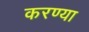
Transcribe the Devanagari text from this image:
करण्या